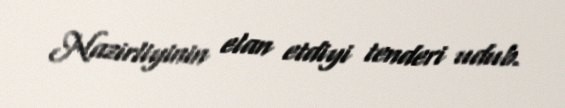
Nazirliyinin elan etdiyi tenderi udub.